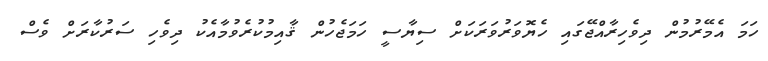
ހަމަ އެމޭރުމުން ދިވެހިރާއްޖޭގައި ހެޔޮވަރުވަރަކަށް ސިޔާސީ ހަމަޖެހުން ޤާއިމުކުރެވުމާއެކު ދިވެހި ސަރުކާރަށް ވެސް